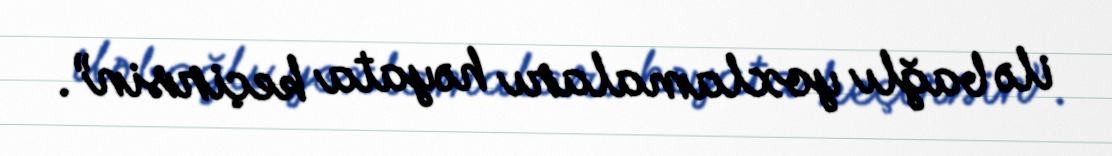
ilə bağlı yoxlamaları həyata keçirsin”.